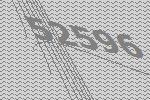
52596